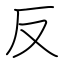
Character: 反